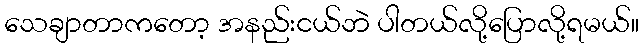
သေချာတာကတော့ အနည်းငယ်ဘဲ ပါတယ်လို့ပြောလို့ရမယ်။